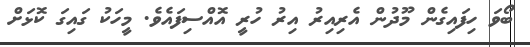
ބޯވަ ހިފައިގެން މޫދުން އެރިއިރު އިރު ހުރީ އޮއްސިފައެވެ. މީހަކު ގައިގަ ކޮޅަށް